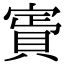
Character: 𧶎